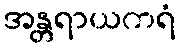
အန္တရာယကရံ